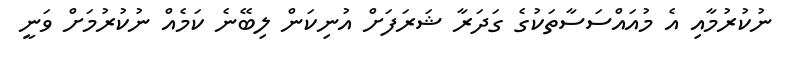
ނުކުރުމާއި އެ މުއައްސަސާތަކުގެ ގަދަރާ ޝަރަފަށް އުނިކަން ލިބޭނެ ކަމެއް ނުކުރުމަށް ވަނީ